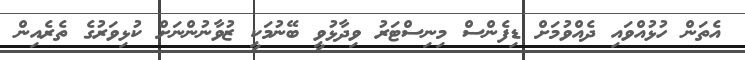
އެތަން ހުޅުއްވައި ދެއްވުމަށް ޑިފެންސް މިނިސްޓަރު ވިދާޅުވީ ބޭނުމަކީ ޒުވާނުންނަށް ކުޅިވަރުގެ ތެރެއިން